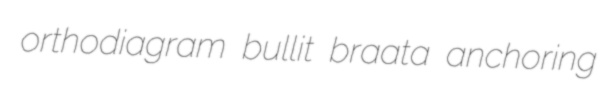
orthodiagram bullit braata anchoring